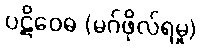
ပဋိဝေဓ (မဂ်ဖိုလ်ရမှု)